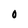
Character: O